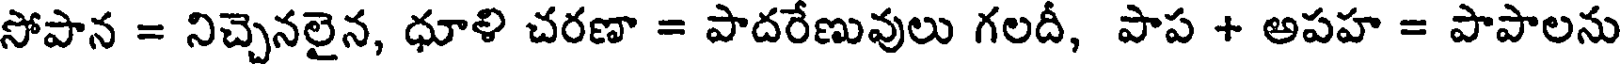
సోపాన = నిచ్చెనలైన, ధూళి చరణా = పాదరేణువులు గలదీ, పాప + అపహ = పాపాలను